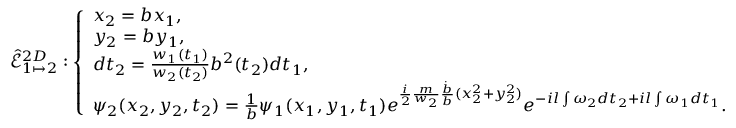
\hat { \mathcal { E } } _ { 1 \mapsto 2 } ^ { 2 D } : \left\{ \begin{array} { l l } { x _ { 2 } = b x _ { 1 } , } \\ { y _ { 2 } = b y _ { 1 } , } \\ { d t _ { 2 } = \frac { w _ { 1 } ( t _ { 1 } ) } { w _ { 2 } ( t _ { 2 } ) } b ^ { 2 } ( t _ { 2 } ) d t _ { 1 } , } \\ { \psi _ { 2 } ( x _ { 2 } , y _ { 2 } , t _ { 2 } ) = \frac { 1 } { b } \psi _ { 1 } ( x _ { 1 } , y _ { 1 } , t _ { 1 } ) e ^ { \frac { i } { 2 } \frac { m } { w _ { 2 } } \frac { \dot { b } } { b } ( x _ { 2 } ^ { 2 } + y _ { 2 } ^ { 2 } ) } e ^ { - i l \int \omega _ { 2 } d t _ { 2 } + i l \int \omega _ { 1 } d t _ { 1 } } . } \end{array} \right.